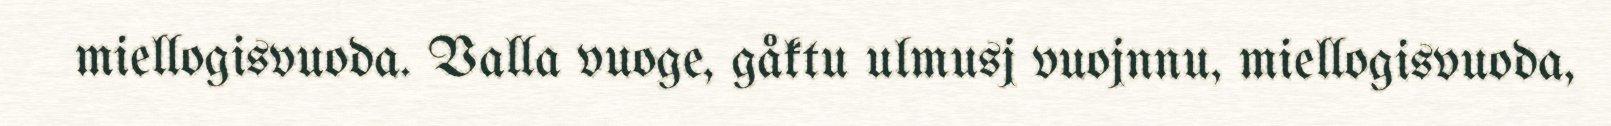
miellogisvuoda. Valla vuoge, gåktu ulmusj vuojnnu, miellogisvuoda,